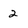
Character: 2